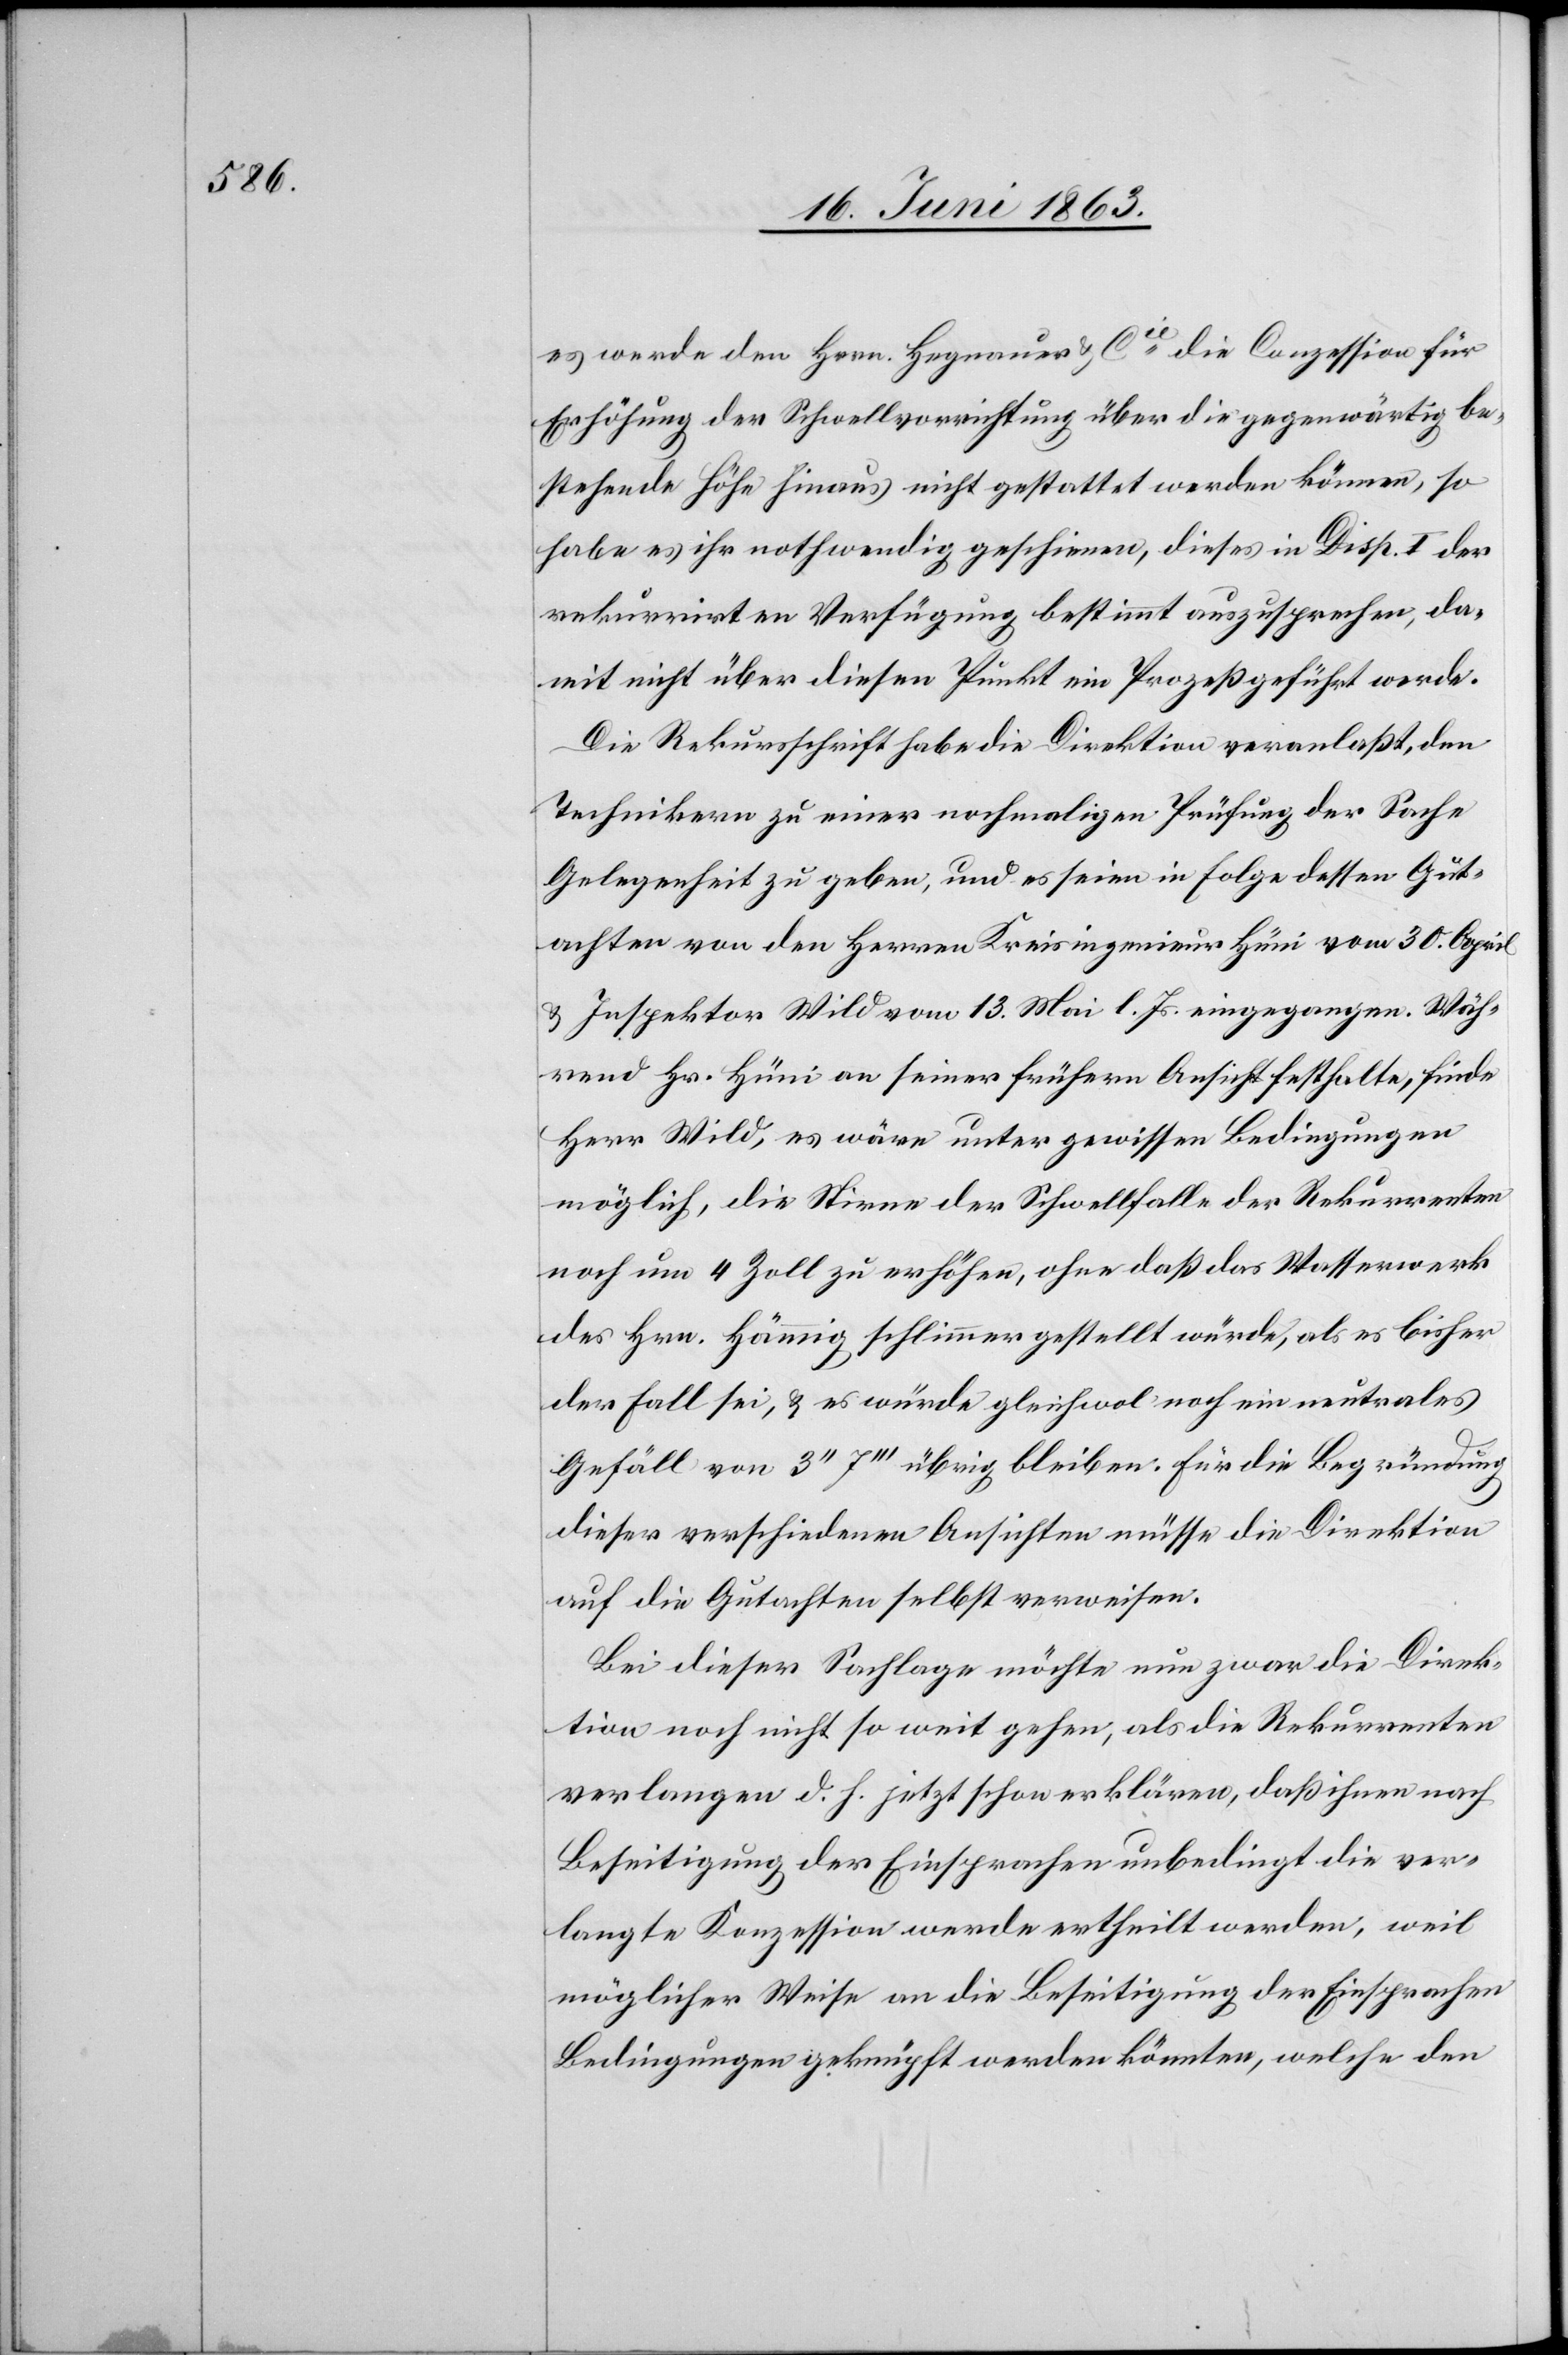
es werde den Hrrn. Hegnauer & Cie die Conzession für
Erhöhung der Schwellvorrichtung über die gegenwärtig be¬
stehende Höhe hinaus nicht gestattet werden können, so
habe es ihr nothwendig geschienen, dieses in Disp. I der
rekurrirten Verfügung bestimmt auszusprechen, da¬
mit nicht über diesen Punkt ein Prozeß geführt werde.
Die Rekursschrift habe die Direktion veranlaßt, den
Technikern zu einer nochmaligen Prüfung der Sache
Gelegenheit zu geben, und es seien in Folge dessen Gut¬
achten von den Herren Kreisingenieur Hüni vom 30. April
& Inspektor Wild vom 13. Mai l. Js. eingegangen. Wäh¬
rend Hr. Hüni an seiner frühern Ansicht festhalte, finde
Herr Wild, es wäre unter gewissen Bedingungen
möglich, die Stirne der Schwellfalle der Rekurrenten
noch um 4 Zoll zu erhöhen, ohne daß das Wasserwerk
des Hrn. Hämmig [sic!] schlimmer gestellt würde, als es bisher
der Fall sei, & es würde gleichwol noch ein neutrales
Gefäll von 3'' 7''' übrig bleiben. Für die Begründung
dieser verschiedenen Ansichten müsse die Direktion
auf die Gutachten selbst verweisen.
Bei dieser Sachlage möchte nun zwar die Direk¬
tion noch nicht so weit gehen, als die Rekurrenten
verlangen d. h. jetzt schon erklären, daß ihnen nach
Beseitigung der Einsprachen unbedingt die ver¬
langte Konzession werde ertheilt werden, weil
möglicher Weise an die Beseitigung der Einsprachen
Bedingungen geknüpft werden könnten, welche den